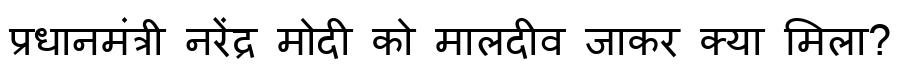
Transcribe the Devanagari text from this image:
प्रधानमंत्री नरेंद्र मोदी को मालदीव जाकर क्या मिला?